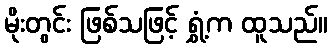
မိုးတွင်း ဖြစ်သဖြင့် ရွှံ့က ထူသည်။